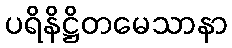
ပရိနိဋ္ဌိတမေသာနာ